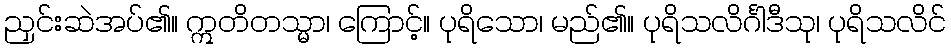
ညှင်းဆဲအပ်၏။ ဣတိတသ္မာ၊ ကြောင့်။ ပုရိသော၊ မည်၏။ ပုရိသလိင်္ဂါဒီသု၊ ပုရိသလိင်